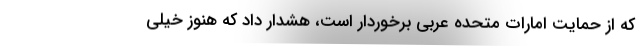
که از حمایت امارات متحده عربی برخوردار است، هشدار داد که هنوز خیلی